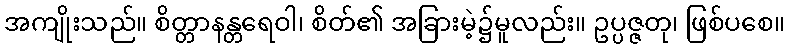
အကျိုးသည်။ စိတ္တာနန္တရေဝါ၊ စိတ်၏ အခြားမဲ့၌မူလည်း။ ဥပ္ပဇ္ဇတု၊ ဖြစ်ပစေ။